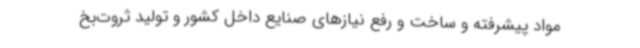
مواد پیشرفته و ساخت و رفع نیازهای صنایع داخل کشور و تولید ثروت‌بخ